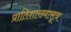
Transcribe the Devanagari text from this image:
प्रातिशाख्यासूत्र